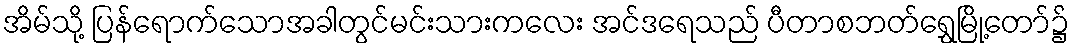
အိမ်သို့ ပြန်ရောက်သောအခါတွင်မင်းသားကလေး အင်ဒရေသည် ပီတာစဘတ်ရွှေမြို့တော်၌